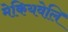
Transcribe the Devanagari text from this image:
मेकियवेलि